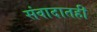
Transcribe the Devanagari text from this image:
संवादातही